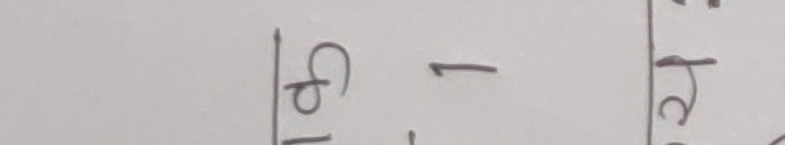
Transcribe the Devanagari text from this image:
५ - २५